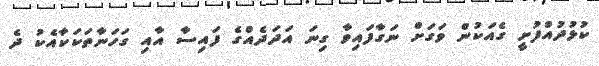
ކުޅުދުއްފުށީ ގެއަކުން ވަގަށް ނަގާފައިވާ ގިނަ އަދަދެއްގެ ފައިސާ އާއި ގަހަނާތަކަކާއެކު ދެ